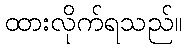
ထားလိုက်ရသည်။